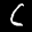
Label: 6